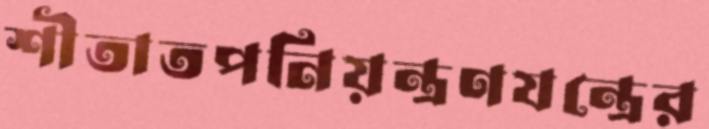
শীতাতপনিয়ন্ত্রণযন্ত্রের